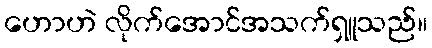
ဟောဟဲ လိုက်အောင်အသက်ရှူသည်။